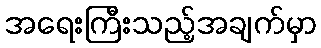
အရေးကြီးသည့်အချက်မှာ